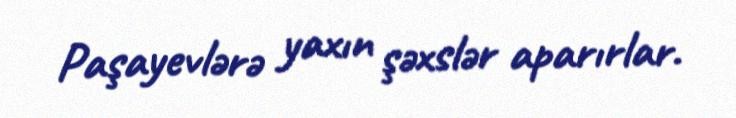
Paşayevlərə yaxın şəxslər aparırlar.